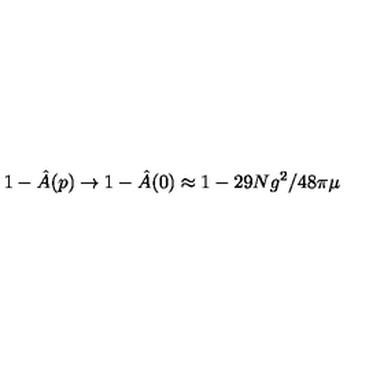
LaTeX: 1 - \hat { A } ( p ) \rightarrow 1 - \hat { A } ( 0 ) \approx 1 - 2 9 N g ^ { 2 } / 4 8 \pi \mu